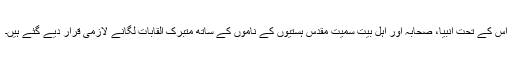
اس کے تحت انبیا، صحابہ اور اہلِ بیت سمیت مقدس ہستیوں کے ناموں کے ساتھ متبرک القابات لگانے لازمی قرار دیے گئے ہیں۔